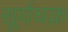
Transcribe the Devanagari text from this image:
सूर्यचक्र